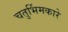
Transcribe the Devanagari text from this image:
चतुर्भिमकारे